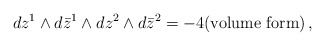
\begin{align*}dz^1\wedge d\bar{z}^1 \wedge dz^2\wedge d\bar{z}^2 = -4(\textrm{volume form})\,,\end{align*}